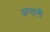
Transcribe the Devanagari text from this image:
अप्सनी